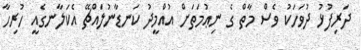
ދަރިފުޅު ދުވަހަކު ވެސް މާތް ގެ ނިޢުމަތަށް އުއްމީދު ކަނޑާނުލައްޗޭ އެކަލާނގެއީ ހުރިހާ